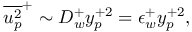
\overline { { u _ { p } ^ { 2 } } } ^ { + } \sim D _ { w } ^ { + } y _ { p } ^ { + 2 } = \epsilon _ { w } ^ { + } y _ { p } ^ { + 2 } ,